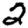
Digit: 2